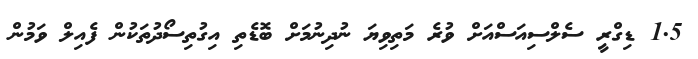
1.5 ޑިގްރީ ސެލްސިއަސްއަށް ވުރެ މަތިވިޔަ ނުދިނުމަށް ބޮޑެތި އިގުތިސޯދުތަކުން ފެއިލް ވަމުން